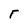
Character: r